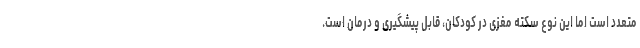
متعدد است اما این نوع سکته مغزی در کودکان، قابل پیشگیری و درمان است.